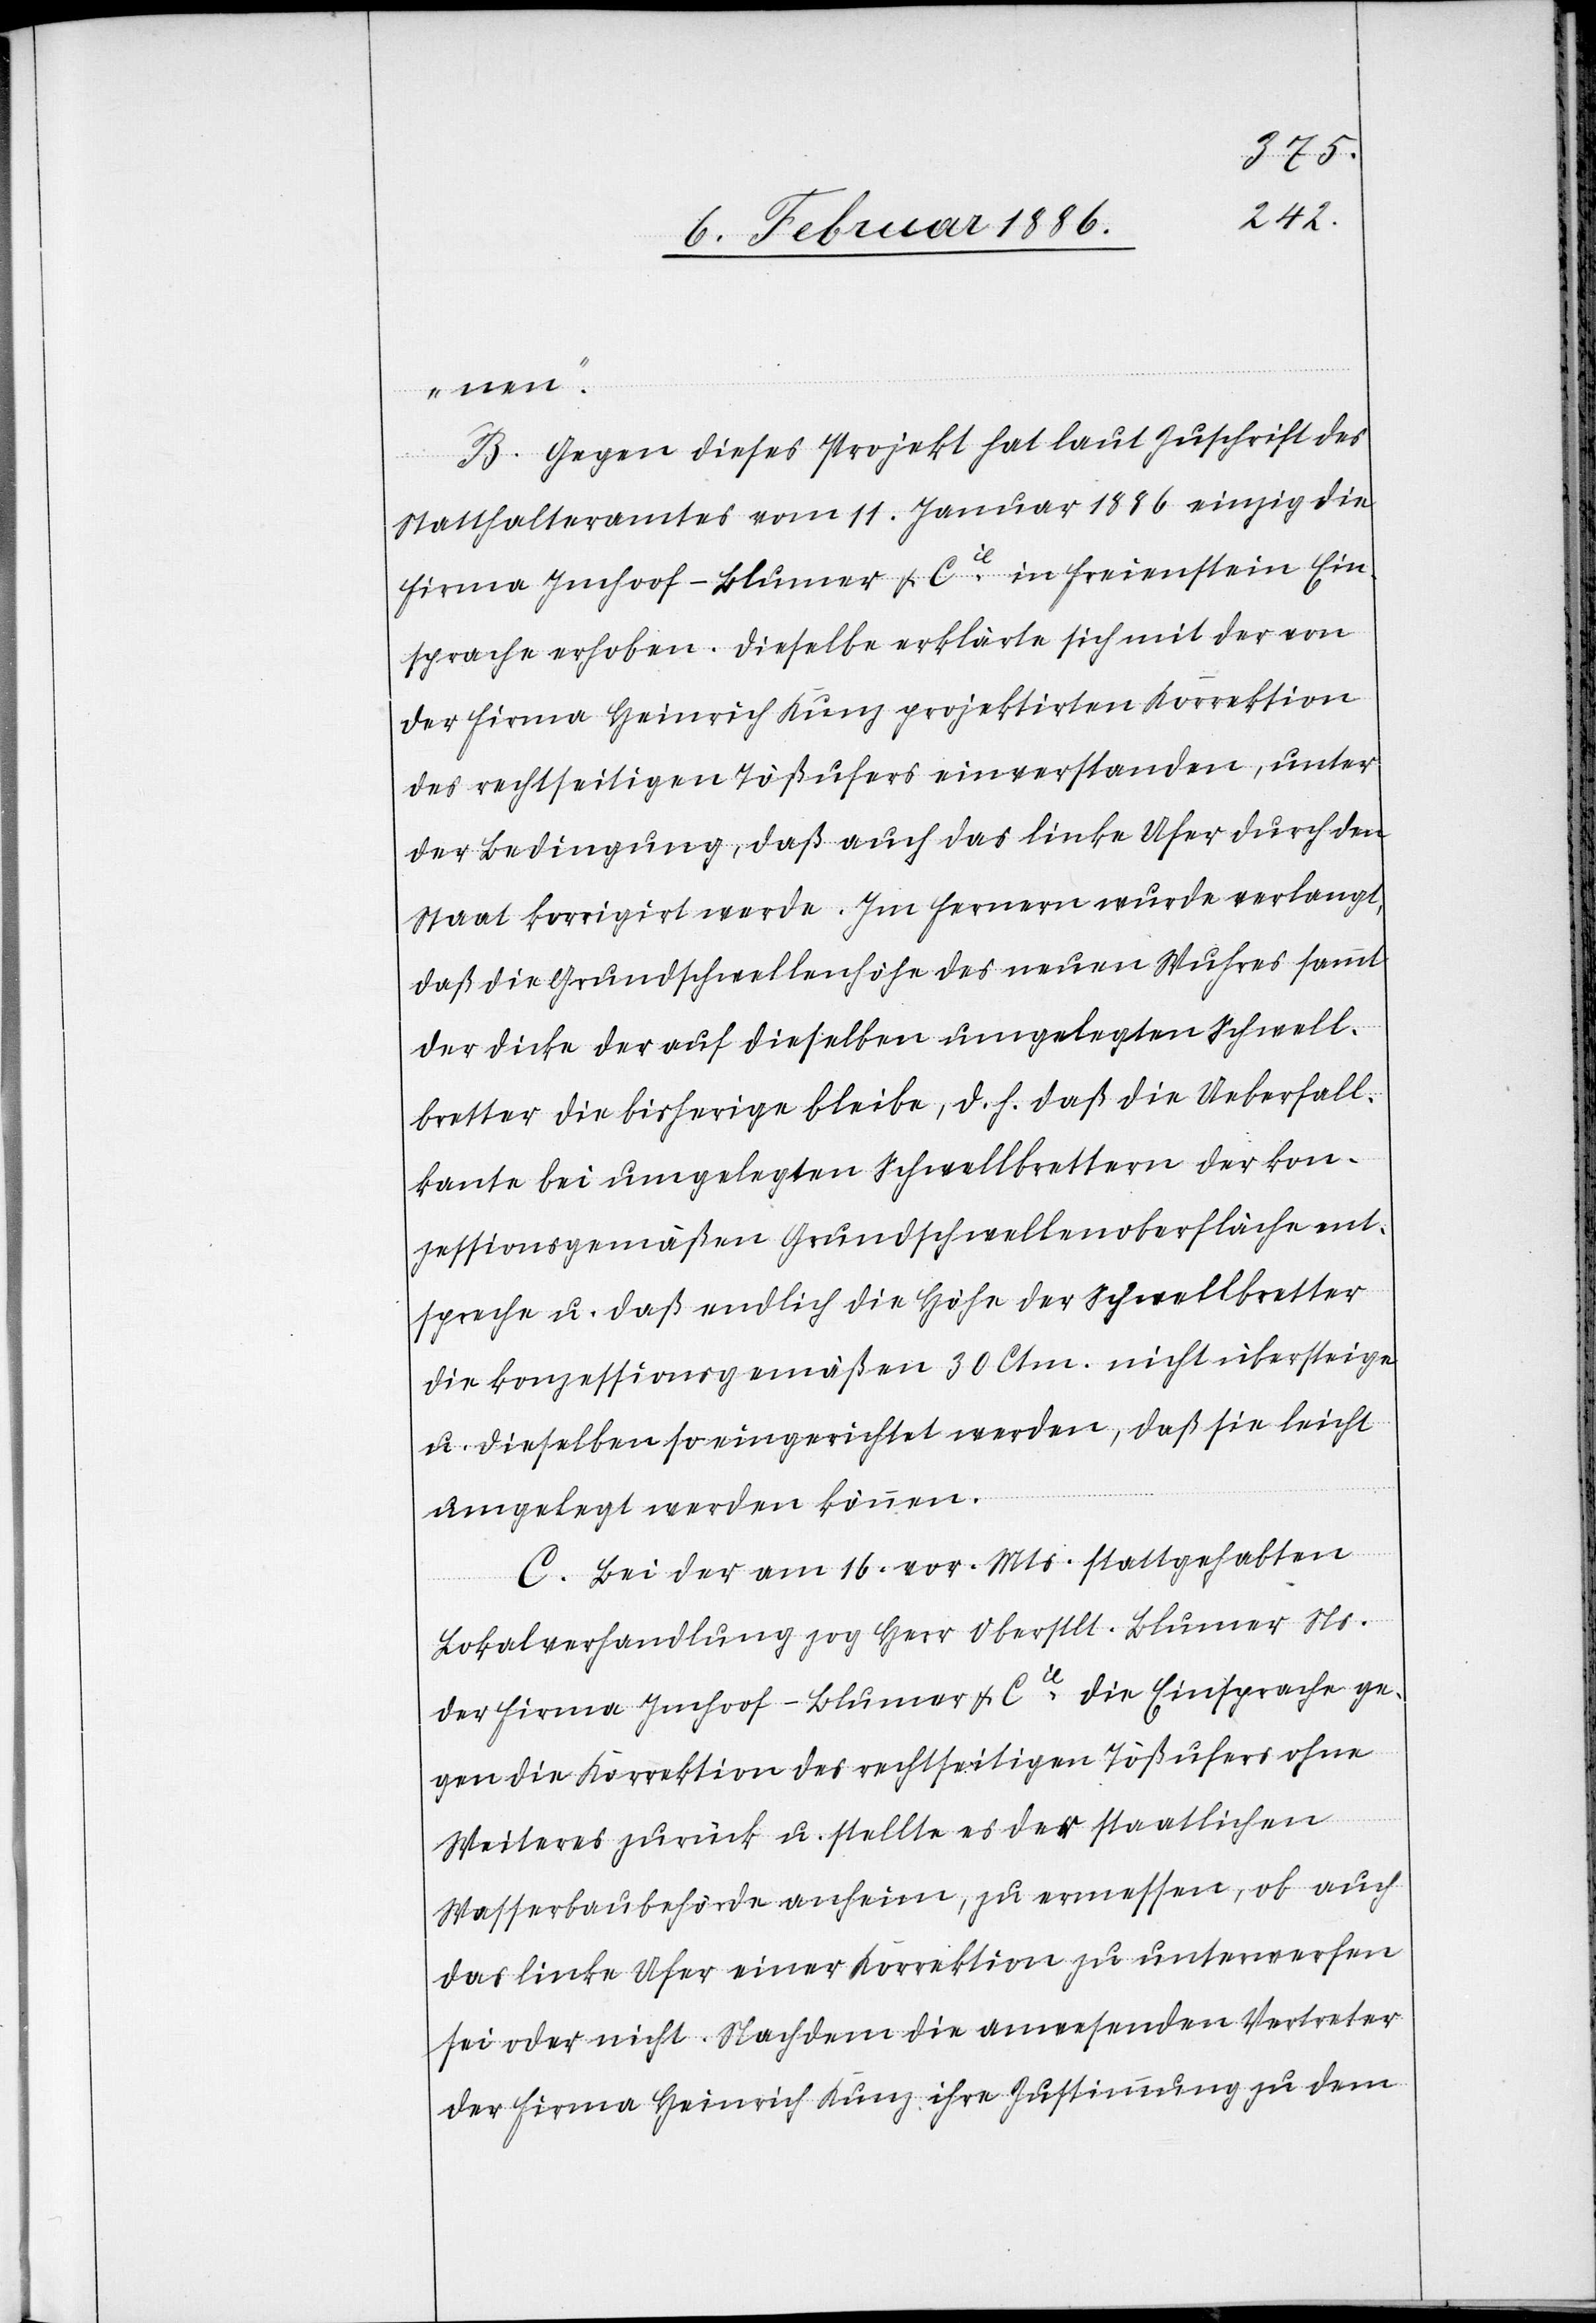
nen.“
B. Gegen dieses Projekt hat laut Zuschrift des
Statthalteramtes vom 1. Januar 1886 einzig die
Firma Imhoof-Blumer & Cie. in Freienstein Ein¬
sprache erhoben. Dieselbe erklärte sich mit der von
der Firma Heinrich Kunz projektierten Korrektion
des rechtseitigen Tößufers einverstanden, unter
der Bedingung, daß auch das linke Ufer durch den
Staat korrigiert werde. Im Fernern wurde verlangt,
daß die Grundschwellenhöhe des neuen Wuhres sammt
der Dicke der auf dieselben umgelegten Schwell¬
bretter die bisherige bleibe, d. h. daß die Ueberfall¬
kante bei umgelegten Schwellbrettern der kon¬
zessionsgemäßen Grundschwellenoberfläche ent¬
spreche u. daß endlich die Höhe der Schwellbretter
die Konzessionsgemäßen 20 Ctm. nicht übersteigen
u. dieselben so eingerichtet werden, daß sie leicht
umgelegt werden können.
C. Bei der am 16. vor. Mts. stattgehabten
Lokalverhandlung zog Herr Oberstlt. Blumer Ns.
der Firma Imhoof-Blumer & Cie. die Einsprache ge¬
gen die Korrektion des rechtseitigen Tößufers ohne
Weiteres zurück u. stellte es der staatlichen
Wasserbaubehörde anheim, zu vermessen, ob auch
das linke Ufer einer Korrektion zu unterwerfen
sei oder nicht. Nachdem die anwesenden Vertreter
der Firma Heinrich Kunz ihre Zustimmung zu dem